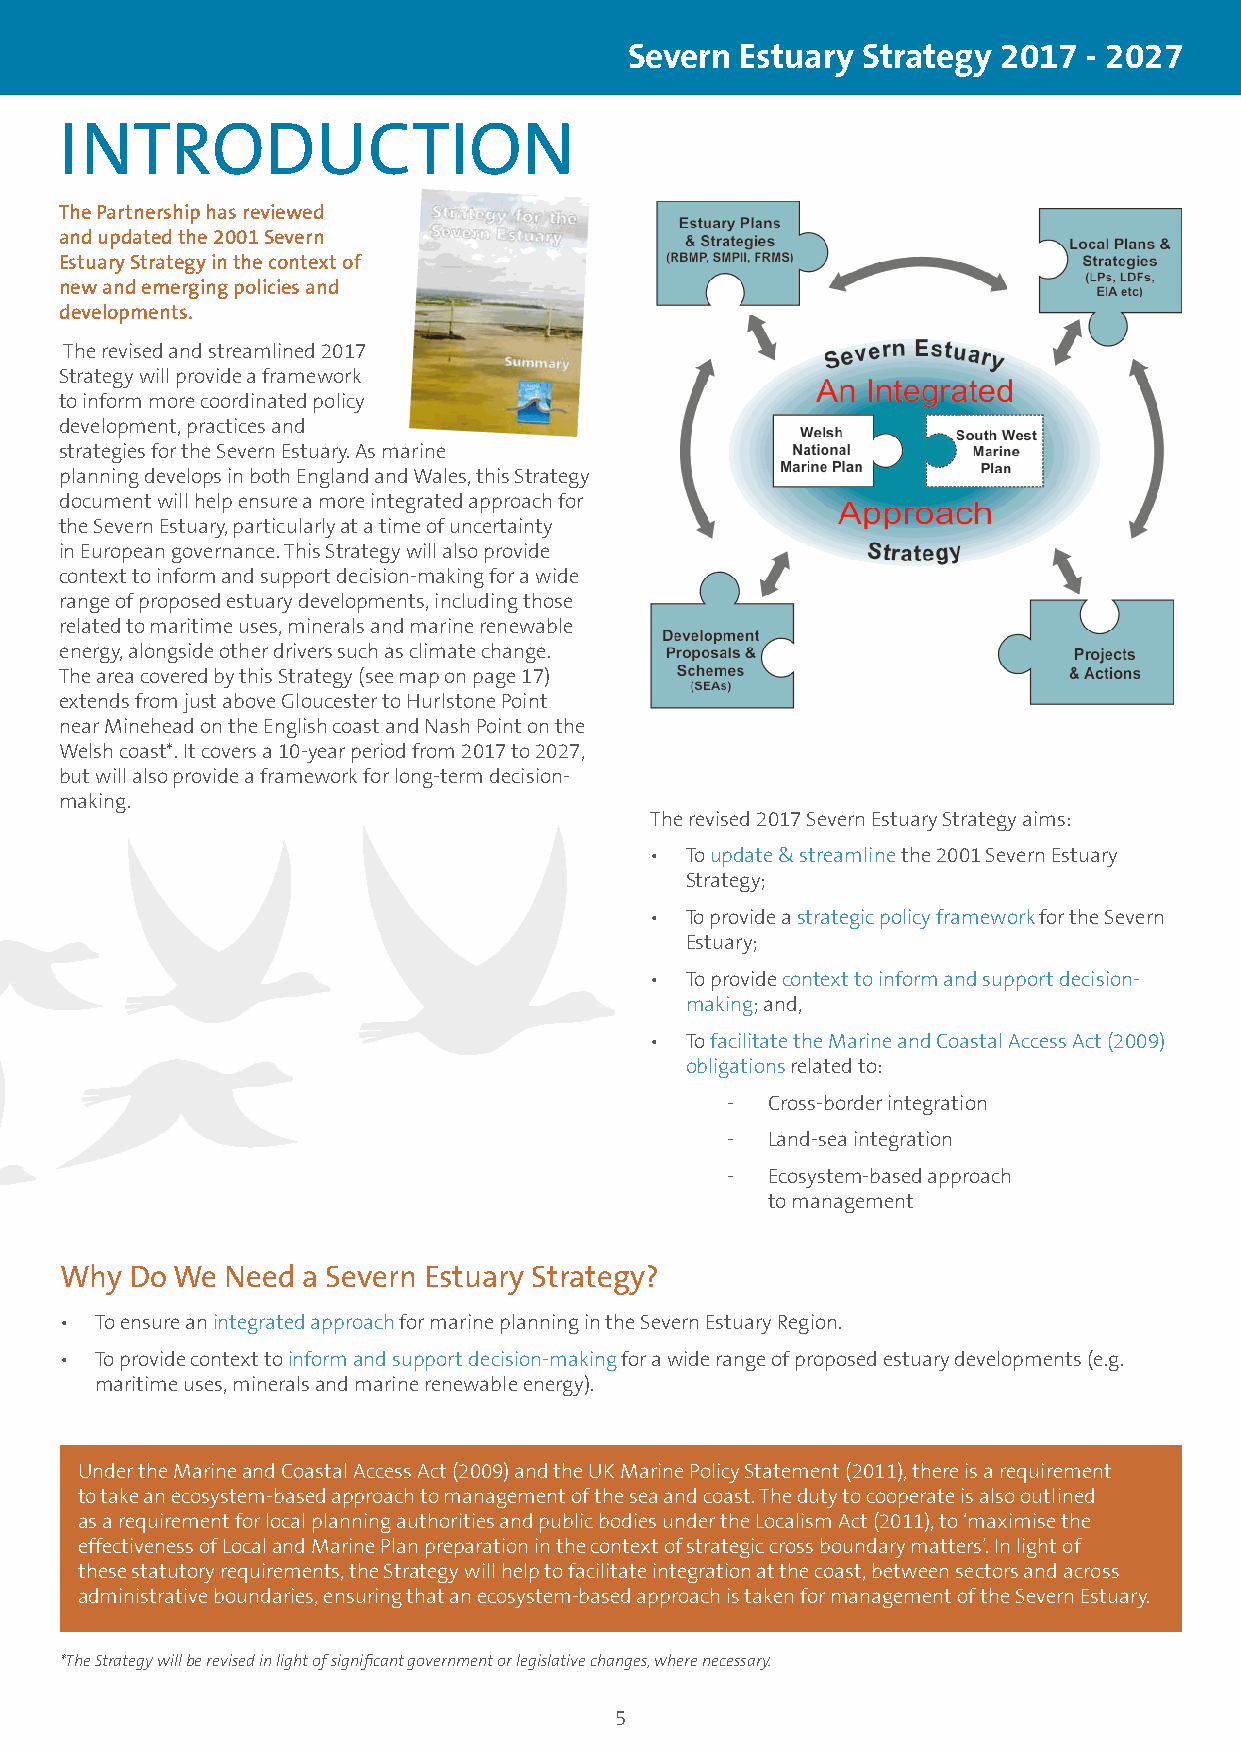
Severn Estuary Strategy 2017  - 2027
 INTRODUCTION
 The Partnership has reviewed
 and updated the 2001 Severn
 Estuary Strategy in the context of
 new and emerging policies and
 developments.
 The revised and streamlined 2017
 Strategy will provide a framework
 to inform more coordinated policy
 development, practices and
 strategies for the Severn Estuary. As marine
 planning develops in both England and Wales, this Strategy
 document will help ensure a more integrated approach for
 the Severn Estuary, particularly at a time of uncertainty
 in European governance. This Strategy will also provide
 context to inform and support decision-making for a wide
 range of proposed estuary developments, including those
 related to maritime uses, minerals and marine renewable
 energy, alongside other drivers such as climate change.
 The area covered by this Strategy (see map on page 17)
 extends from just above Gloucester to Hurlstone Point
 near Minehead on the English coast and Nash Point on the
 Welsh coast*. It covers a 10-year period from 2017 to 2027,
 but will also provide a framework for long-term decision-
 making.
 The revised 2017 Severn Estuary Strategy aims:
 • To update & streamline the 2001 Severn Estuary
 Strategy;
 • To provide a strategic policy framework for the Severn
 Estuary;
 • To provide context to inform and support decision-
 making; and,
 • To facilitate the Marine and Coastal Access Act (2009)
 obligations related to:
 -  Cross-border integration
 -  Land-sea integration
 -  Ecosystem-based approach
 to management
 Why  Do We Need a Severn Estuary Strategy?
 • To ensure an integrated approach for marine planning in the Severn Estuary Region.
 • To provide context to inform and support decision-making for a wide range of proposed estuary developments (e.g.
 maritime uses, minerals and marine renewable energy).
 Under the Marine and Coastal Access Act (2009) and the UK Marine Policy Statement (2011), there is a requirement
 to take an ecosystem-based approach to management of the sea and coast. The duty to cooperate is also outlined
 as a requirement for local planning authorities and public bodies under the Localism Act (2011), to ‘maximise the
 effectiveness of Local and Marine Plan preparation in the context of strategic cross boundary matters’. In light of
 these statutory requirements, the Strategy will help to facilitate integration at the coast, between sectors and across
 administrative boundaries, ensuring that an ecosystem-based approach is taken for management of the Severn Estuary.
 *The Strategy will be revised in light of significant government or legislative changes, where necessary.
 5